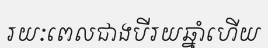
រយៈពេលជាងបីរយឆ្នាំហើយ